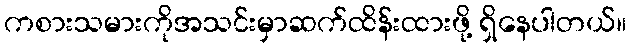
ကစားသမားကိုအသင်းမှာဆက်ထိန်းထားဖို့ ရှိနေပါတယ်။